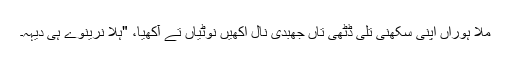
مُلا ہوراں اپنی سکھنی تلی ڈٹھی تاں جھبدی نال اکھیں نوٹیاں تے آکھیا، "ہلا نرینوے ہی دیہہ۔